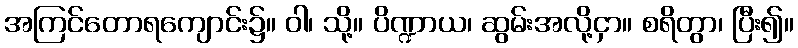
အကြင်တောရကျောင်း၌။ ဝါ၊ သို့။ ပိဏ္ဍာယ၊ ဆွမ်းအလို့ငှာ။ စရိတွာ၊ ပြီး၍။